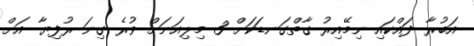
އަބުރާ ދައްކައި ނިމޭއިރު ގާތްގަނޑަކަށް 3 މިލިއަނަށް ވުރެ ގިނަ ރުފިޔާ އަށް